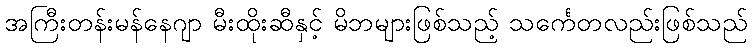
အကြီးတန်းမန်နေဂျာ မီးထိုးဆီနှင့် မိဘများဖြစ်သည့် သင်္ကေတလည်းဖြစ်သည်